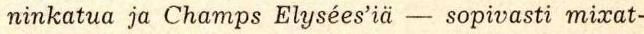
ninkatua ja Champs Elysées'iä - sopivasti mixat-